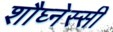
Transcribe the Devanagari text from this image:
शौघ्नेस्सी